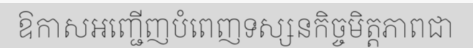
ឱកាសអញ្ជើញបំពេញទស្សនកិច្ចមិត្តភាពជា